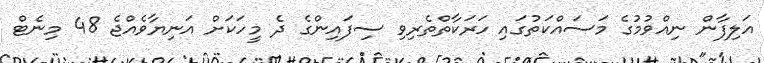
އަލިފާން ނިއްވުމުގެ މަސައްކަތުގައި ހަރަކާތްތެރިވި ސިފައިންގެ ދެ މީހަކަށް އަނިޔާވެއްޖެ 48 މިނެޓް